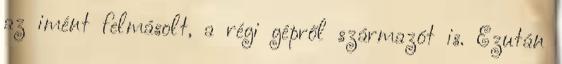
az imént felmásolt, a régi gépről származót is. Ezután